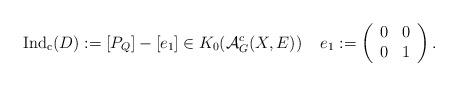
LaTeX: \begin{align*}\operatorname{Ind_c} (D):= [P_{Q}] - [e_1]\in K_0 (\mathcal{A}_G^c (X,E))\;\;\;\;e_1:=\left( \begin{array}{cc} 0 & 0 \\ 0&1\end{array} \right).\end{align*}